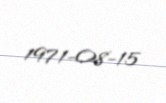
1971-08-15